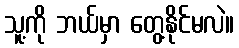
သူ့ကို ဘယ်မှာ တွေ့နိုင်မလဲ။